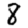
Digit: 8